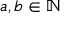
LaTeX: a , b \in \mathbb { N }